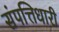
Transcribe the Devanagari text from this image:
संपत्तिधारी